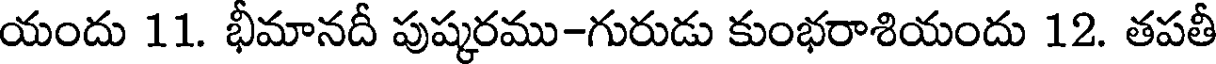
యందు 11. భీమానదీ పుష్కరము-గురుడు కుంభరాశియందు 12. తపతీ